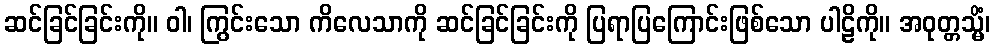
ဆင်ခြင်ခြင်းကို။ ဝါ၊ ကြွင်းသော ကိလေသာကို ဆင်ခြင်ခြင်းကို ပြရာပြကြောင်းဖြစ်သော ပါဠိကို။ အဝုတ္တသ္မိံ၊